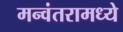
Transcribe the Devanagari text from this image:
मन्वंतरामध्ये